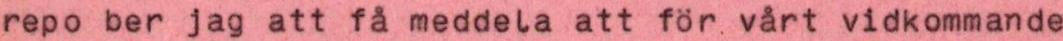
repo ber jag att få meddela att för vårt vidkommande